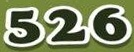
526